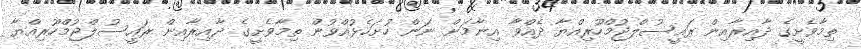
ތިމާވެށީގެ ދާއިރާއިން ރައީސުލްޖުމްހޫރިއްޔާ ދެއްވާ އިނާމަށް ނަން ހުށަހެޅުއްވުން ތިމާވެށީގެ ދާއިރާއިން ރައީސުލްޖުމްހޫރިއްޔާ